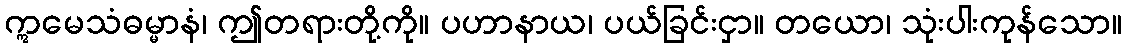
ဣမေသံဓမ္မာနံ၊ ဤတရားတို့ကို။ ပဟာနာယ၊ ပယ်ခြင်းငှာ။ တယော၊ သုံးပါးကုန်သော။